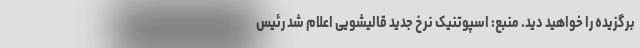
برگزیده را خواهید دید. منبع: اسپوتنیک نرخ جدید قالیشویی اعلام شد رئیس